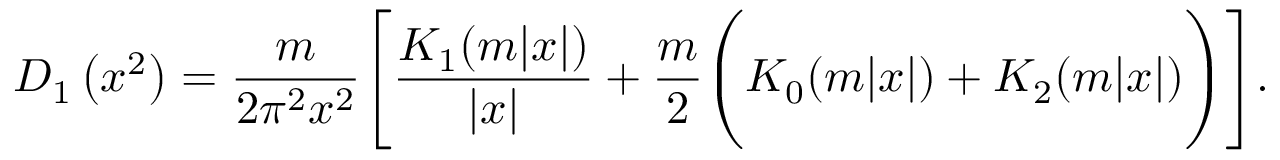
{ \cal D } _ { 1 } \left( x ^ { 2 } \right) = \frac { m } { 2 \pi ^ { 2 } x ^ { 2 } } \Biggl [ \frac { K _ { 1 } ( m | x | ) } { \left| x \right| } + \frac { m } { 2 } \Biggl ( K _ { 0 } ( m | x | ) + K _ { 2 } ( m | x | ) \Biggr ) \Biggr ] .